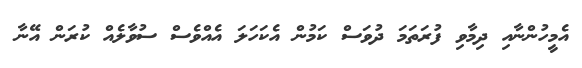
އެމީހުންނާއި ދިމާވި ފުރަތަމަ ދުވަސް ކަމުން އެކަހަލަ އެއްވެސް ސުވާލެއް ކުރަން އޭނާ